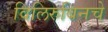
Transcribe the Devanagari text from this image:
विलिरुबिनचे